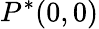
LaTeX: P^{*}(0,0)